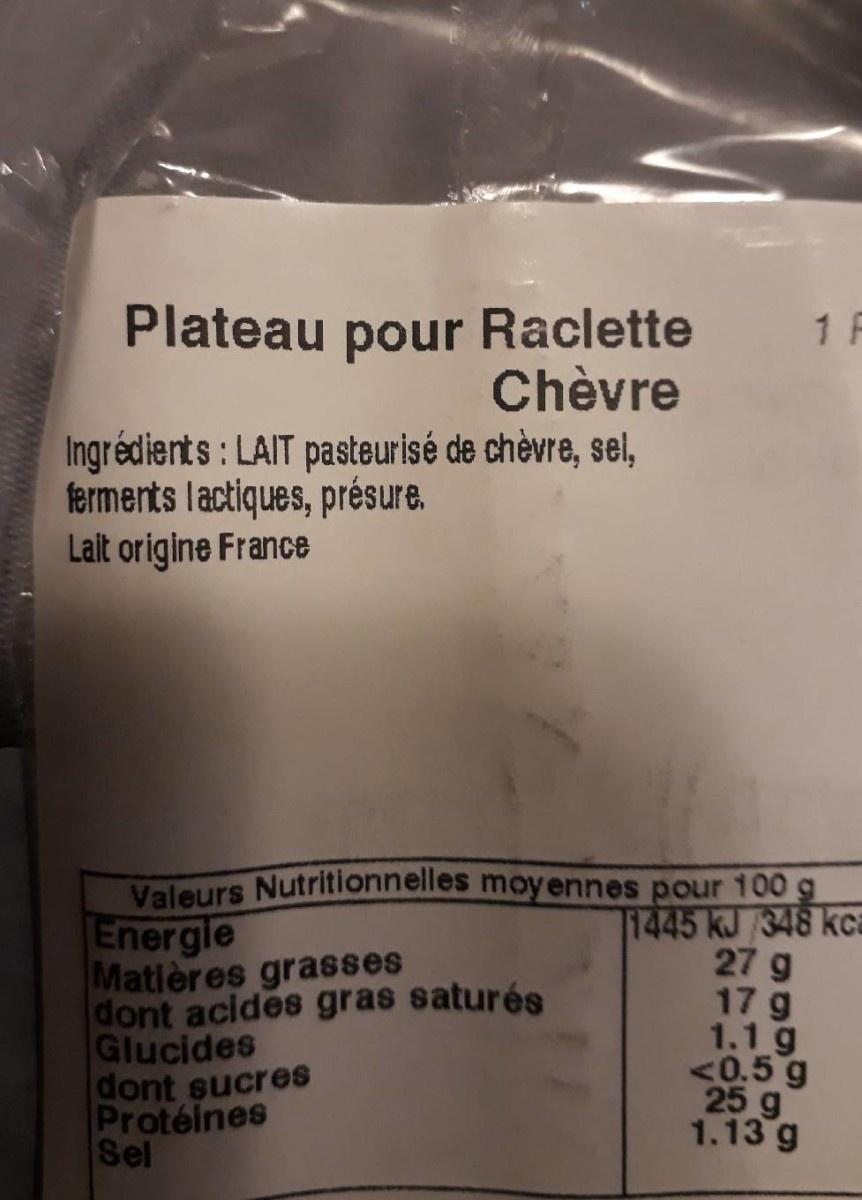
Plateau pour Raclette 1 F Chèvre Ingrédients: LAIT pasteurisé de chèvre, sel, ferments lactiques, présure. Lalt origine France Valeurs Nutritionnelles moyennes pour 100 g Energle Matières grasses dont acides gras saturés Glucides dont sucres Protéines Sel 1445 kJ 348 kca 27 g 17 g 1.1g <0.5 g 1.13 g